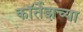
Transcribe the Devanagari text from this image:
कॉर्तेझच्या